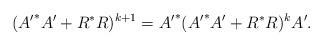
LaTeX: \begin{align*}({A^\prime}^*A^\prime+R^*R)^{k+1}={A^\prime}^*({A^\prime}^*A^\prime+R^*R)^{k}A^\prime.\end{align*}